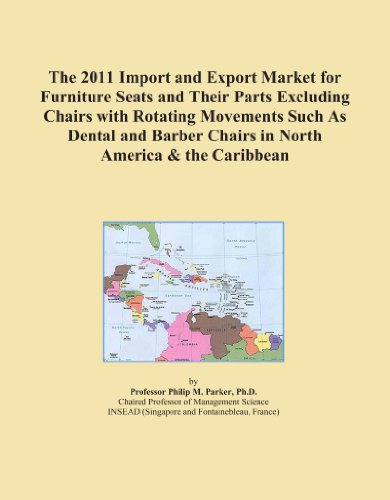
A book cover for The 2011 Import and Export Market for Furniture Seats and Their Parts Excluding Chairs with Rotating Movements Such As Dental and Barber Chairs in North America & the Caribbean; Icon Group International; Medical Books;